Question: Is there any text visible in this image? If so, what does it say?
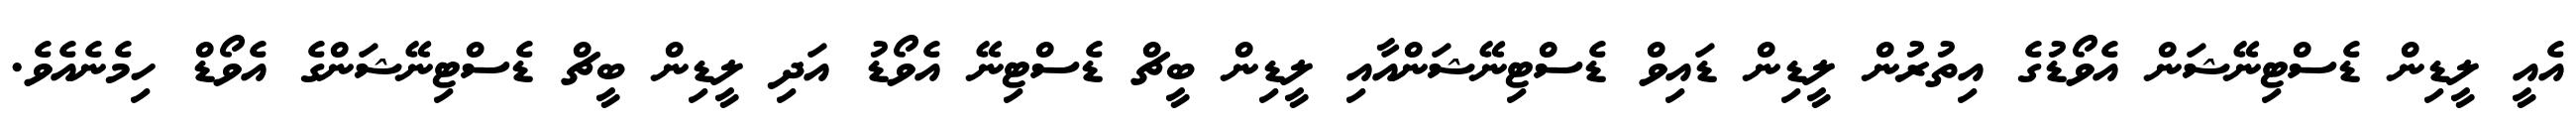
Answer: އެއީ ލީޑިން ޑެސްޓިނޭޝަން އެވޯޑުގެ އިތުރުން ލީޑިން ޑައިވް ޑެސްޓިނޭޝަންއާއި ލީޑިން ބީޗް ޑެސްޓިނޭ އެވޯޑު އަދި ލީޑިން ބީޗް ޑެސްޓިނޭޝަންގެ އެވޯޑް ހިމެނެއެވެ.